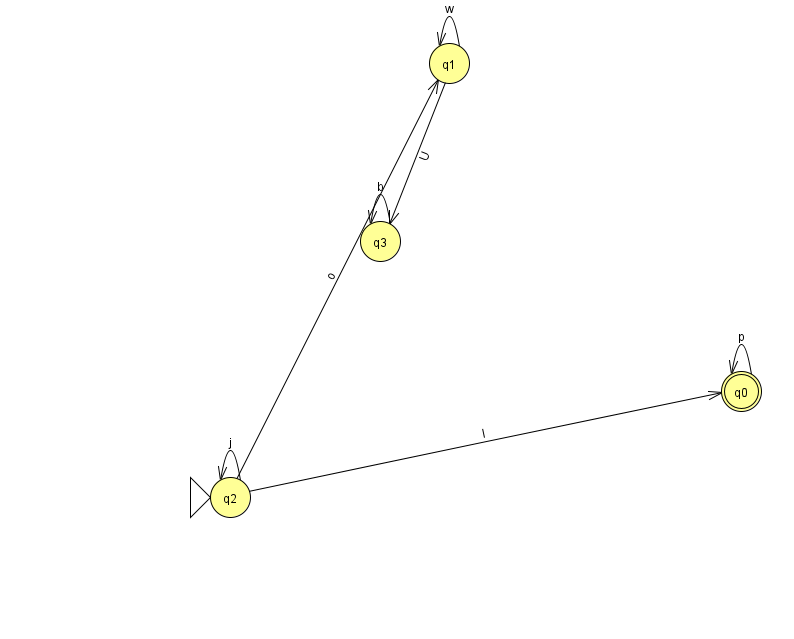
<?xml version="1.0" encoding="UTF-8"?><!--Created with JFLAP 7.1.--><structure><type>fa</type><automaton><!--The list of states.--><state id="0" name="q0"><x>741.0</x><y>378.0</y><final/></state><state id="1" name="q1"><x>449.0</x><y>50.0</y></state><state id="2" name="q2"><x>230.0</x><y>484.0</y><initial/></state><state id="3" name="q3"><x>380.0</x><y>228.0</y></state><!--The list of transitions.--><transition><from>0</from><to>0</to><read>p</read></transition><transition><from>3</from><to>3</to><read>b</read></transition><transition><from>1</from><to>3</to><read>U</read></transition><transition><from>1</from><to>1</to><read>w</read></transition><transition><from>2</from><to>2</to><read>j</read></transition><transition><from>2</from><to>0</to><read>l</read></transition><transition><from>2</from><to>1</to><read>o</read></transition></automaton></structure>